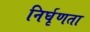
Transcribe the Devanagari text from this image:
निर्घृणता